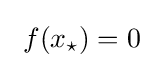
\ f(x_{\star })=0~